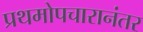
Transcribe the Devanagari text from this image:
प्रथमोपचारानंतर